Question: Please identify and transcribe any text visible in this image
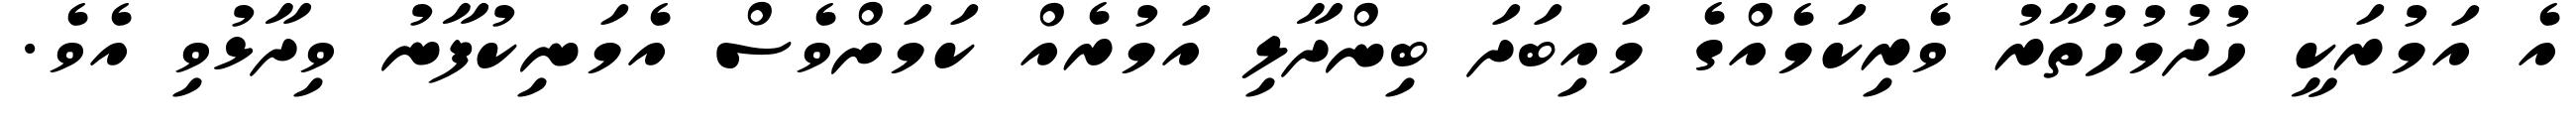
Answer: އެ އަމުރަކީ ހުދުމުހުތާރު ވެރިކަމެއްގެ މައިބަދަ ބިންދާލި އަމުރެއް ކަމަށްވެސް އެމަނިކުފާނު ވިދާޅުވި އެވެ.